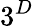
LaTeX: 3^{D}